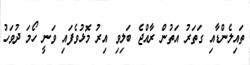
ތައިލެންޑާއި ގަތަރު އަތުން ރާއްޖެ ބަލިވި އިރު މޮޅުވެފައި ވަނީ ހޯމަ ދުވަހު